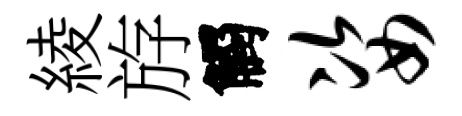
綾斿觸姿